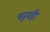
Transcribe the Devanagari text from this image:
भरूनही